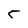
Character: 5